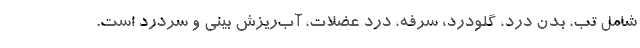
شامل تب، بدن درد، گلودرد، سرفه، درد عضلات، آب‌ریزش بینی و سردرد است.